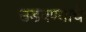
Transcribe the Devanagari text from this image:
उडवण्याचे